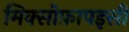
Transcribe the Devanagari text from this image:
मिक्सोफ़ापइसी